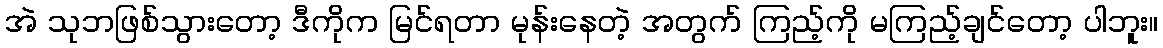
အဲ သုဘဖြစ်သွားတော့ ဒီကိုက မြင်ရတာ မုန်းနေတဲ့ အတွက် ကြည့်ကို မကြည့်ချင်တော့ ပါဘူး။